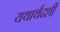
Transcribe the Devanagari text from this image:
यथार्थदर्शी